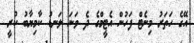
އޭގެ ހަތަރު މިނެޓް ފަހުން އެޓީމްގެ ދެ ވަނަ ލަނޑު ކާމިޔާބު ކުރީ